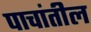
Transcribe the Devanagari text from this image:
पाचांतील